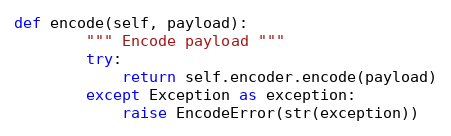
Language: Python
def encode(self, payload):
        """ Encode payload """
        try:
            return self.encoder.encode(payload)
        except Exception as exception:
            raise EncodeError(str(exception))